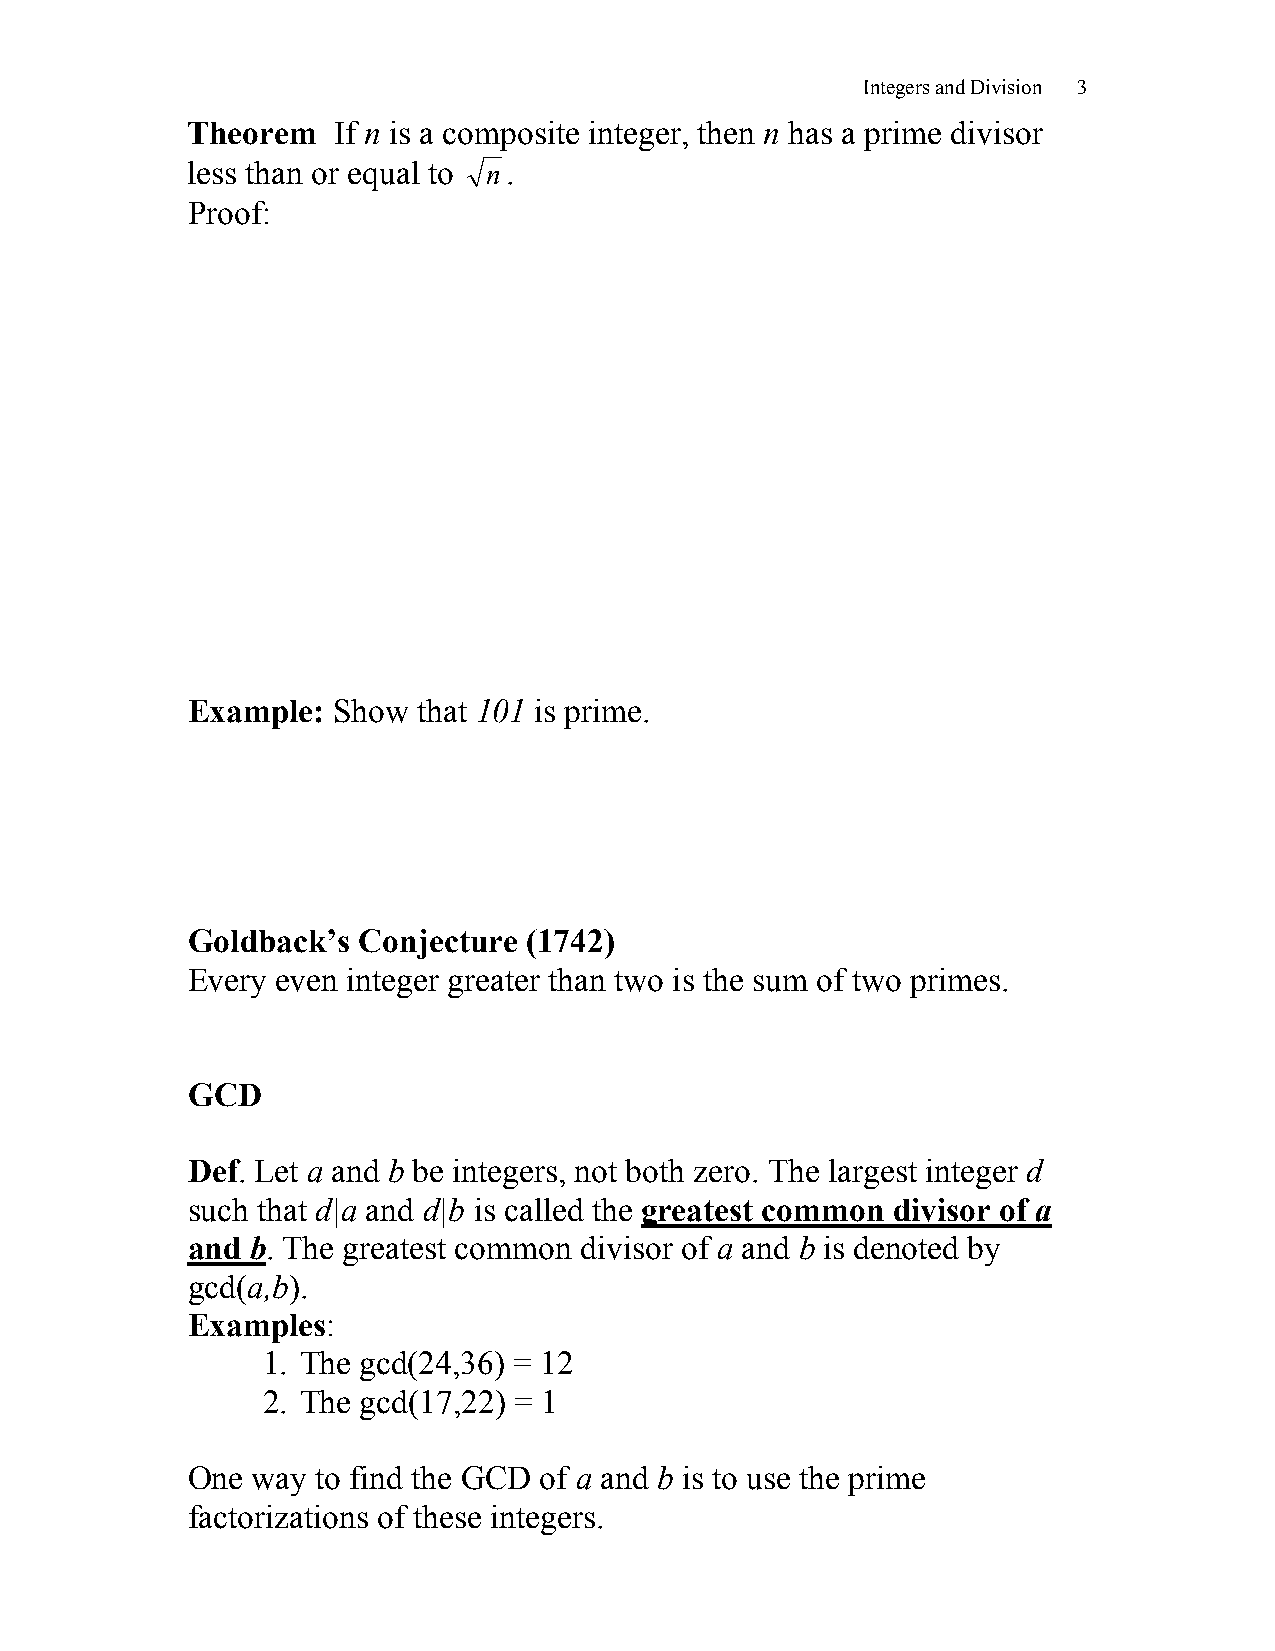
Integers and Division 3
 Theorem   If n is a composite integer, then n has a prime divisor
 less than or equal to n.
 Proof:
 Example:  Show  that 101 is prime.
 Goldback’s  Conjecture (1742)
 Every even integer greater than two is the sum of two primes.
 GCD
 Def. Let a and b be integers, not both zero. The largest integer d
 such that d|a and d|b is called the greatest common divisor of a
 and  b. The greatest common divisor of a and b is denoted by
 gcd(a,b).
 Examples:
 1. The gcd(24,36) = 12
 2. The gcd(17,22) = 1
 One  way to find the GCD of a and b is to use the prime
 factorizations of these integers.